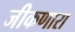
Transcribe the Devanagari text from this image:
जीकणारा